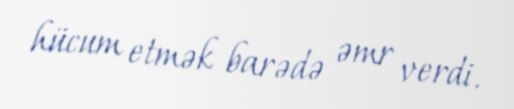
hücum etmək barədə əmr verdi.